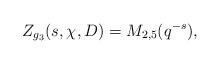
LaTeX: \begin{align*}Z_{g_3}(s, \chi, D)=M_{2, 5}(q^{-s}),\end{align*}